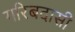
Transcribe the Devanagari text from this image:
गरिबदासी